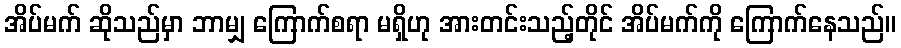
အိပ်မက် ဆိုသည်မှာ ဘာမျှ ကြောက်စရာ မရှိဟု အားတင်းသည့်တိုင် အိပ်မက်ကို ကြောက်နေသည်။